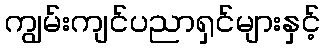
ကျွမ်းကျင်ပညာရှင်များနှင့်